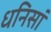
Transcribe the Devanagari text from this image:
धनिसां